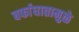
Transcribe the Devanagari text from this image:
बर्फाघातामुळे